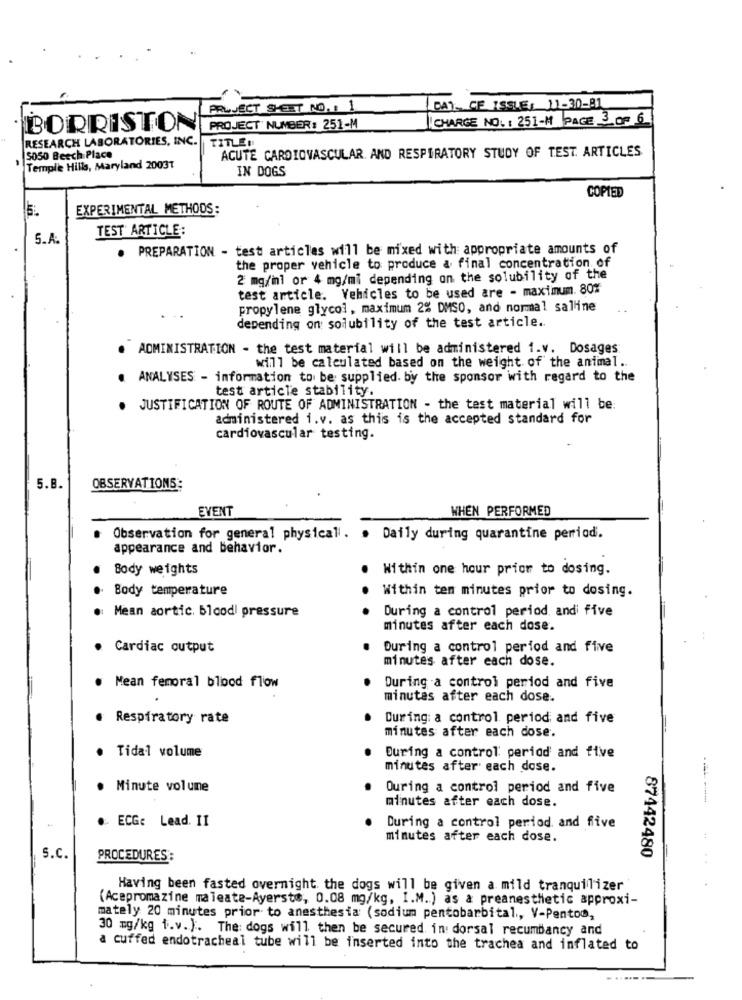
PROJECT SHEET NO. , 1
DA). OF ISSLE: 11-30-81
CHARGE NO .: 251-11 PAGE 3 OF 6
BORRISTON
PROJECT NUMBER: 251-M
RESEARCH LABORATORIES, INC.
TITLE:
ACUTE CARDIOVASCULAR. AND RESPIRATORY STUDY OF TEST. ARTICLES
S050 Beech Place
Temple Hills, Maryland 20031
IN DOGS
COPIED
EXPERIMENTAL METHODS:
TEST ARTICLE:
5.A.
PREPARATION - test articles will be mixed with appropriate amounts of
the proper vehicle to produce a final concentration of
2 mg/in1 or 4 mg/mi depending on the solubility of the
test article. Vehicles to be used are - maximum. 80%
propylene glycol, maximum 2% DMSO, and normal saline
depending on solubility of the test article ..
."ADMINISTRATION - the test material will be administered i.v. Dosages:
will be calculated based on the weight of the animal.
. ANALYSES - information to be supplied. by the sponsor with regard to the
test article stability.
JUSTIFICATION OF ROUTE OF ADMINISTRATION - the test material will be:
administered i.v. as this is the accepted standard for
cardiovascular testing.
5.B.
OBSERVATIONS:
EVENT
WHEN PERFORMED
Observation for general physical. . Daily during quarantine period.
appearance and behavior.
Body weights
.
Within one hour prior to dosing.
Body temperature
Within ten minutes prior to dosing.
Mean aortic. 51codi pressure
During a control period and five
minutes after each dose.
· Cardiac output
During a control period and five
minutes after each dose.
Mean femoral blood flow
During a control period and five
minutes after each dose.
Respiratory rate
During: a control period and five
minutes after each dose.
· Tidal volume
During a control period and five
minutes after each dose.
Minute volune
Ouring a control period and five
minutes after each dose.
. ECG: Lead. II
During a control period. and five
minutes after each dose.
87442480
S.C.
PROCEDURES :
Having been fasted overnight the dogs will be given a mild tranquilizer
(Acepromazine maleate-Ayerste, 0.08 mg/kg, I.M.) as a preanesthetic approxi-
mately 20 minutes prior to anesthesia (sodium pentobarbital ., V-Pentoo,
30 mg/kg i.v.). The: dogs will then be secured. in: dorsal recumbancy and
a cuffed endotracheal tube will be inserted into the trachea and inflated to